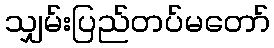
သျှမ်းပြည်တပ်မတော်